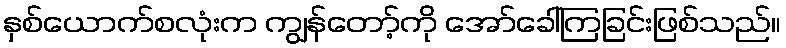
နှစ်ယောက်စလုံးက ကျွန်တော့်ကို အော်ခေါ်ကြခြင်းဖြစ်သည်။